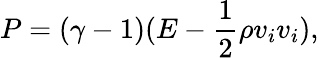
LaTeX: P=(\gamma-1)(E-\frac{1}{2}\rho v_{i}v_{i}),